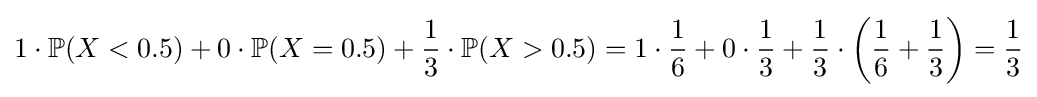
1\cdot \mathbb {P} (X<0.5)+0\cdot \mathbb {P} (X=0.5)+{\frac {1}{3}}\cdot \mathbb {P} (X>0.5)=1\cdot {\frac {1}{6}}+0\cdot {\frac {1}{3}}+{\frac {1}{3}}\cdot \left({\frac {1}{6}}+{\frac {1}{3}}\right)={\frac {1}{3}}